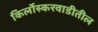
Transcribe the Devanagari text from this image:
किर्लोस्करवाडीतील